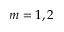
m = 1 , 2